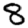
Digit: 8